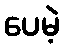
ပေမဲ့